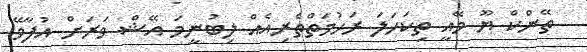
ތޭންކް ޔޫ މޭއީ ތިކަހަލަ ރަހުމަތްތެރިއެއް ލިބުނީމަ އޭޝް ވަރަށް އުފާވޭ